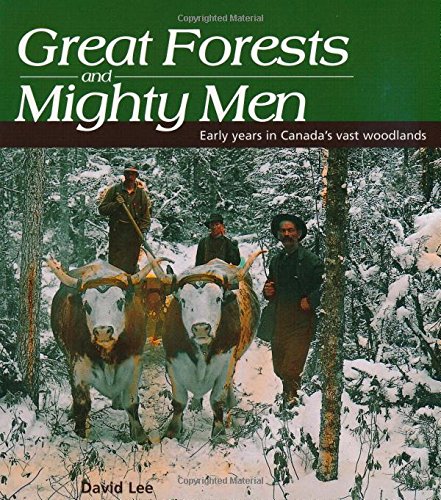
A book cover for Great Forests and Mighty Men: Early Years in Canada's Vast Woodlands (Lorimer Illustrated History); David Lee; Biographies & Memoirs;